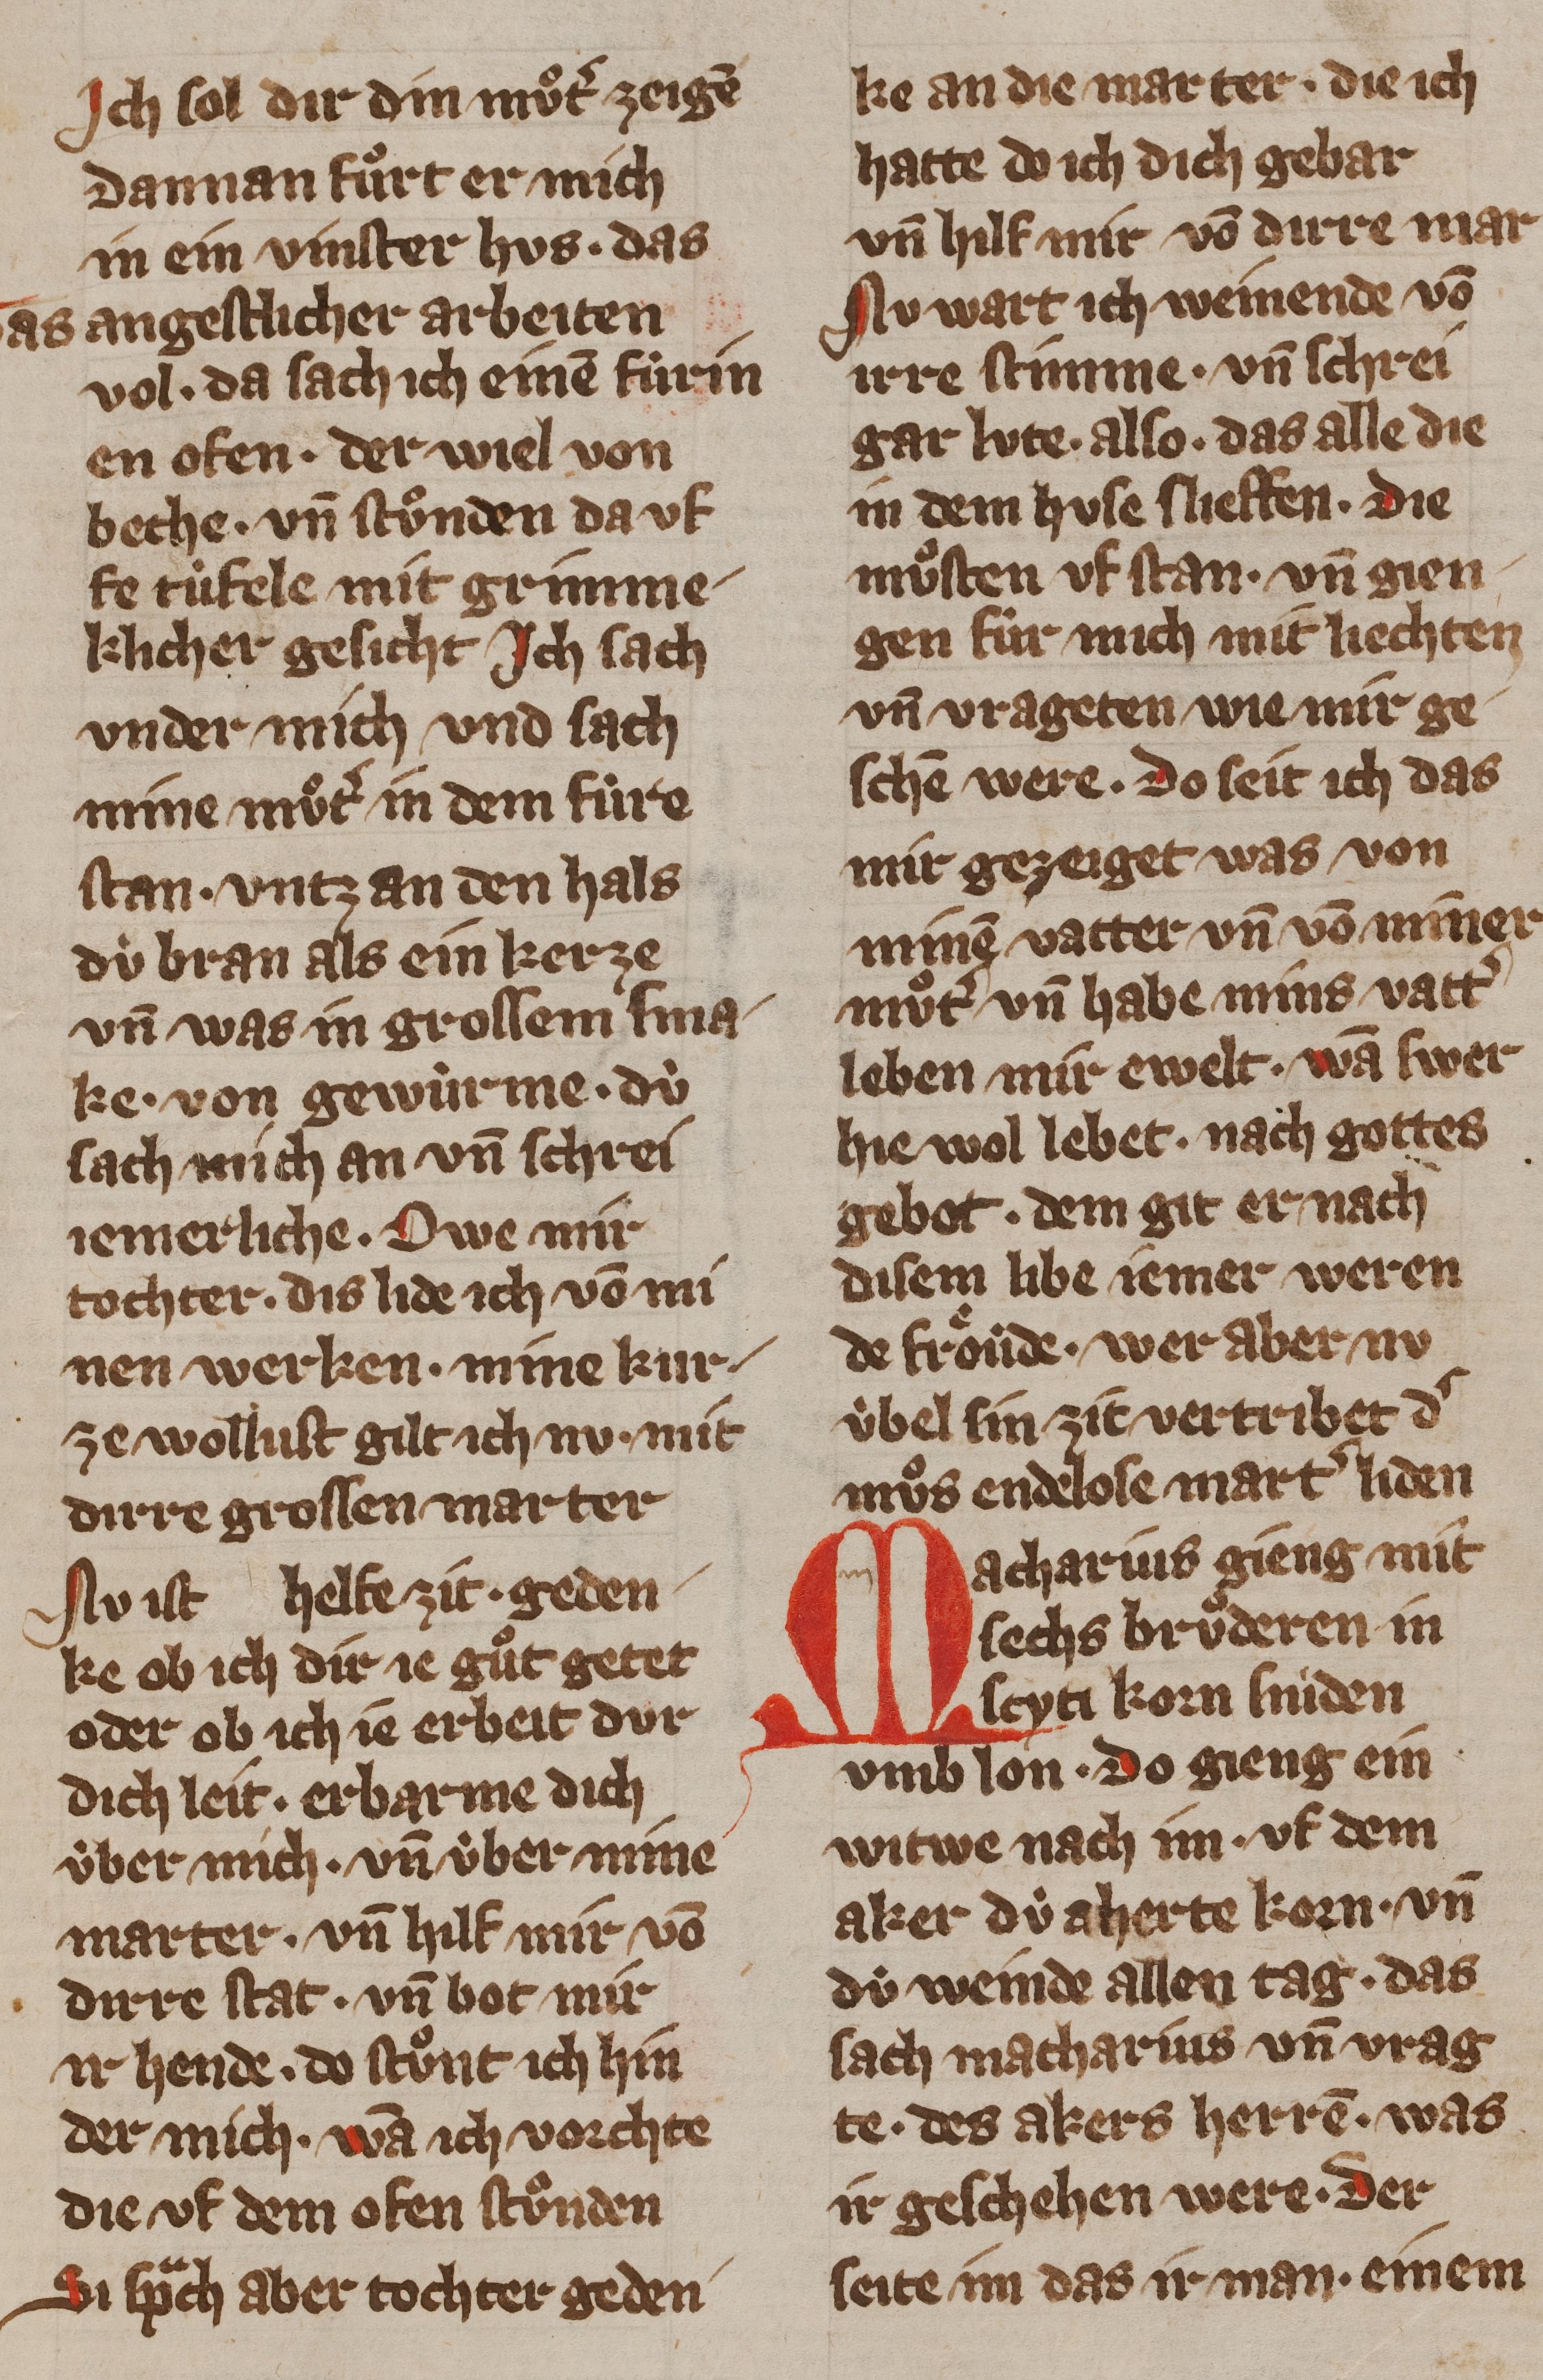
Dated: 1355–1385